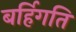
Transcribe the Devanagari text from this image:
बर्हिगति